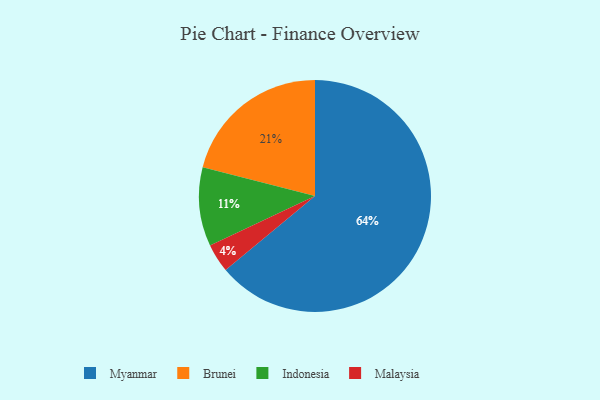
{"axis": {"x": "Category", "y": "Percentage"}, "legend": ["Brunei", "Indonesia", "Malaysia", "Myanmar"], "data": [{"x": "Brunei", "y": 21, "type": "Brunei"}, {"x": "Indonesia", "y": 11, "type": "Indonesia"}, {"x": "Myanmar", "y": 64, "type": "Myanmar"}, {"x": "Malaysia", "y": 4, "type": "Malaysia"}]}